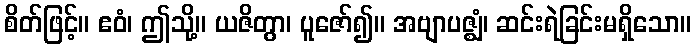
စိတ်ဖြင့်။ ဧဝံ၊ ဤသို့။ ယဇိတွာ၊ ပူဇော်၍။ အဗျာပဇ္ဈံ၊ ဆင်းရဲခြင်းမရှိသော။